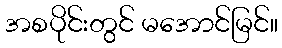
အစပိုင်းတွင် မအောင်မြင်။